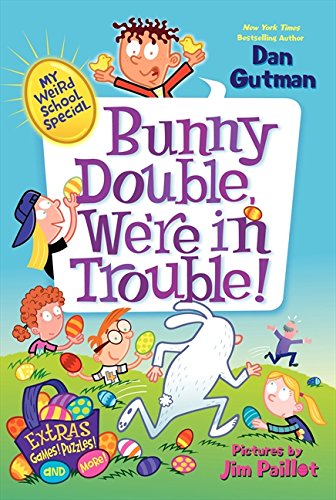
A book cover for My Weird School Special: Bunny Double, We're in Trouble!; Dan Gutman; Children's Books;